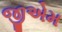
જીએમ